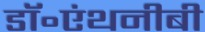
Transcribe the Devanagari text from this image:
डॉ॰एंथनीबी